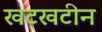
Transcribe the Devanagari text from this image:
खटखटीन